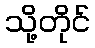
သို့တိုင်